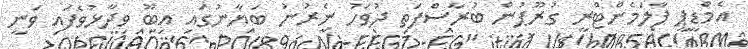
އެމްޑީޕީ ޕާލަމެންޓްރީ ގުރޫޕުން ބުރާސްފަތި ދުވަހު ނެރުނު ބަޔާނުގައި އިބޫ ވިދާޅުވެފައި ވަނީ